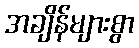
အချိန်များစွာ